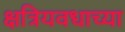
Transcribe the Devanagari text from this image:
क्षत्रियवधाच्या